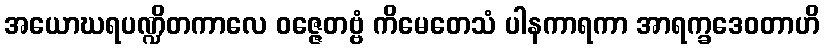
အယောဃရပဏ္ဍိတကာလေ ဝဇ္ဇေတဗ္ဗံ ကိမေတေသံ ပါနကာရကာ အာရက္ခဒေဝတာဟိ